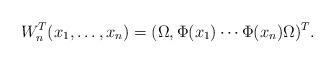
LaTeX: \begin{align*}W_n^T(x_1,\ldots,x_n)=(\Omega,\Phi(x_1)\cdots\Phi(x_n)\Omega)^T.\end{align*}